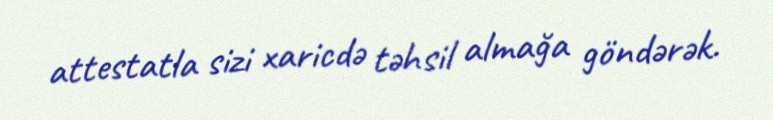
attestatla sizi xaricdə təhsil almağa göndərək.